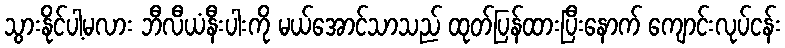
သွားနိုင်ပါ့မလား ဘီလီယံနီးပါးကို မယ်အောင်သာသည် ထုတ်ပြန်ထားပြီးနောက် ကျောင်းလုပ်ငန်း